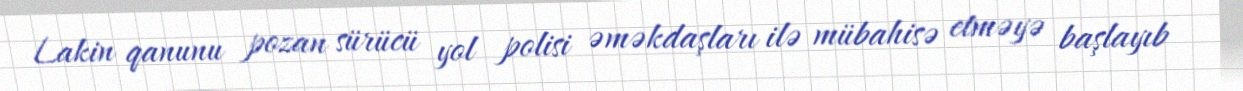
Lakin qanunu pozan sürücü yol polisi əməkdaşları ilə mübahisə etməyə başlayıb